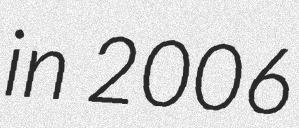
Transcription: in 2006